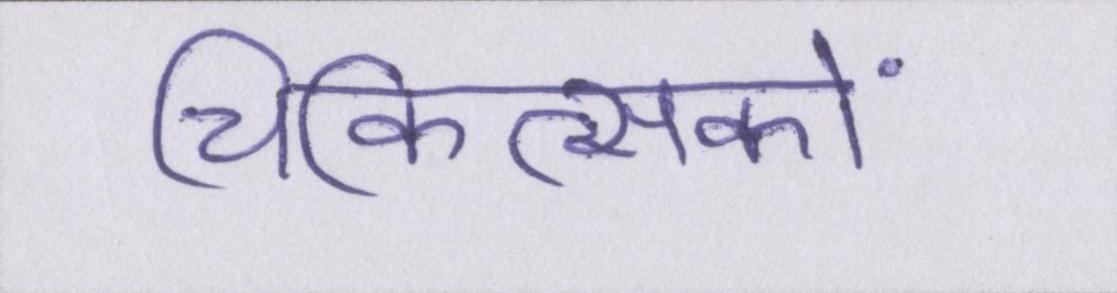
चिकित्सकों